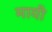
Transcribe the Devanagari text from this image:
मायी